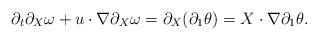
LaTeX: \begin{align*}\partial_t\partial_X\omega+u\cdot\nabla\partial_X\omega=\partial_X(\partial_1\theta)=X\cdot\nabla\partial_1\theta.\end{align*}